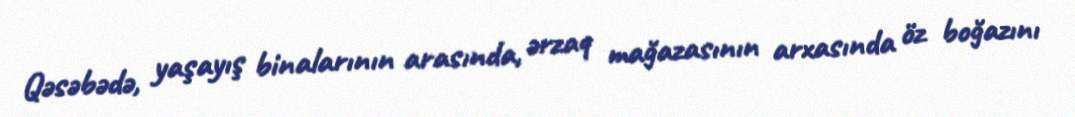
Qəsəbədə, yaşayış binalarının arasında, ərzaq mağazasının arxasında öz boğazını